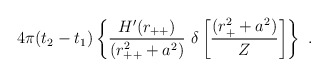
\begin{align*}4\pi(t_2-t_1)\left\{ \frac{H'(r_{++})}{(r_{++}^2+a^2)}\ \delta\left[\frac{(r_+^2+a^2)}{Z}\right] \right\}\ . \end{align*}